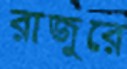
রাজুরে